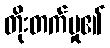
တိုးတက်မှု၏